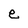
Character: e